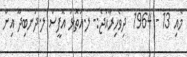
މެއި 13 - 1964  ދިވެހިރާއްޖެ:- ލ.އަތޮޅު އޮފީސް ލ.ދަނބިދޫ އިން